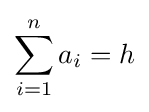
\sum _{i=1}^{n}a_{i}=h